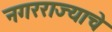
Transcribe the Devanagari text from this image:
नगरराज्याचे